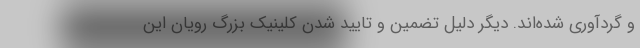
و گردآوری شده‌اند. دیگر دلیل تضمین و تایید شدن کلینیک بزرگ رویان این